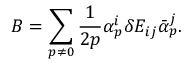
{ \cal B } = \sum _ { p \neq 0 } \frac { 1 } { 2 p } \alpha _ { p } ^ { i } \delta E _ { i j } \bar { \alpha } _ { p } ^ { j } .